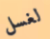
لغسل